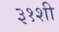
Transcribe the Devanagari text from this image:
३१शी